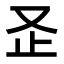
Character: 𭆨